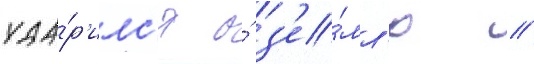
уда́р'илс'я о́ з'е́мл'ю /